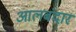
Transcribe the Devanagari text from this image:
आलबंदार